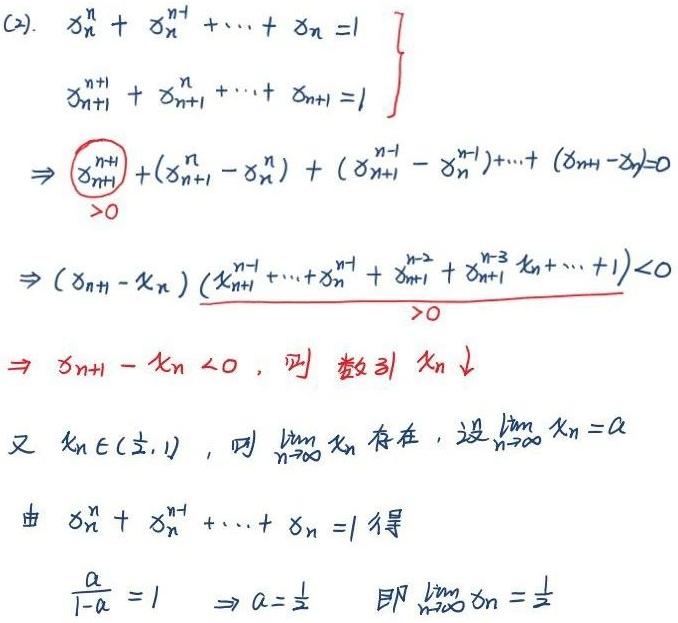
\begin{align*}
&\left.\begin{array}{l}
x_{n}^{n}+x_{n}^{n - 1}+\cdots+x_{n}=1\\
x_{n + 1}^{n+1}+x_{n + 1}^{n}+\cdots+x_{n + 1}=1
\end{array}\right\}\\
&\Rightarrow x_{n + 1}^{n+1}+(x_{n + 1}^{n}-x_{n}^{n})+(x_{n + 1}^{n - 1}-x_{n}^{n - 1})+\cdots+(x_{n + 1}-x_{n})=0\\
&\Rightarrow (x_{n + 1}-x_{n})\underbrace{(x_{n + 1}^{n - 1}+\cdots+x_{n}^{n - 1}+x_{n + 1}^{n - 2}+x_{n + 1}^{n - 3}x_{n}+\cdots + 1)}_{>0}<0\\
&\Rightarrow x_{n + 1}-x_{n}<0,\text{ 则数列 }x_{n}\downarrow\\
&\text{又 }x_{n}\in(\frac{1}{2},1),\text{ 则 }\lim_{n\rightarrow\infty}x_{n}\text{ 存在, 设 }\lim_{n\rightarrow\infty}x_{n}=a\\
&\text{由 }x_{n}^{n}+x_{n}^{n - 1}+\cdots+x_{n}=1\text{ 得}\\
&\frac{a}{1 - a}=1\Rightarrow a=\frac{1}{2}\text{ 即 }\lim_{n\rightarrow\infty}x_{n}=\frac{1}{2}
\end{align*}